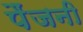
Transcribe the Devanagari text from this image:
पैंजनी